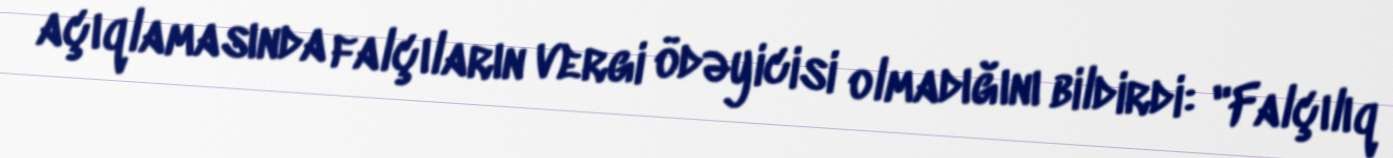
açıqlamasında falçıların vergi ödəyicisi olmadığını bildirdi: "Falçılıq